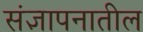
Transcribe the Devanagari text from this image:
संज्ञापनातील